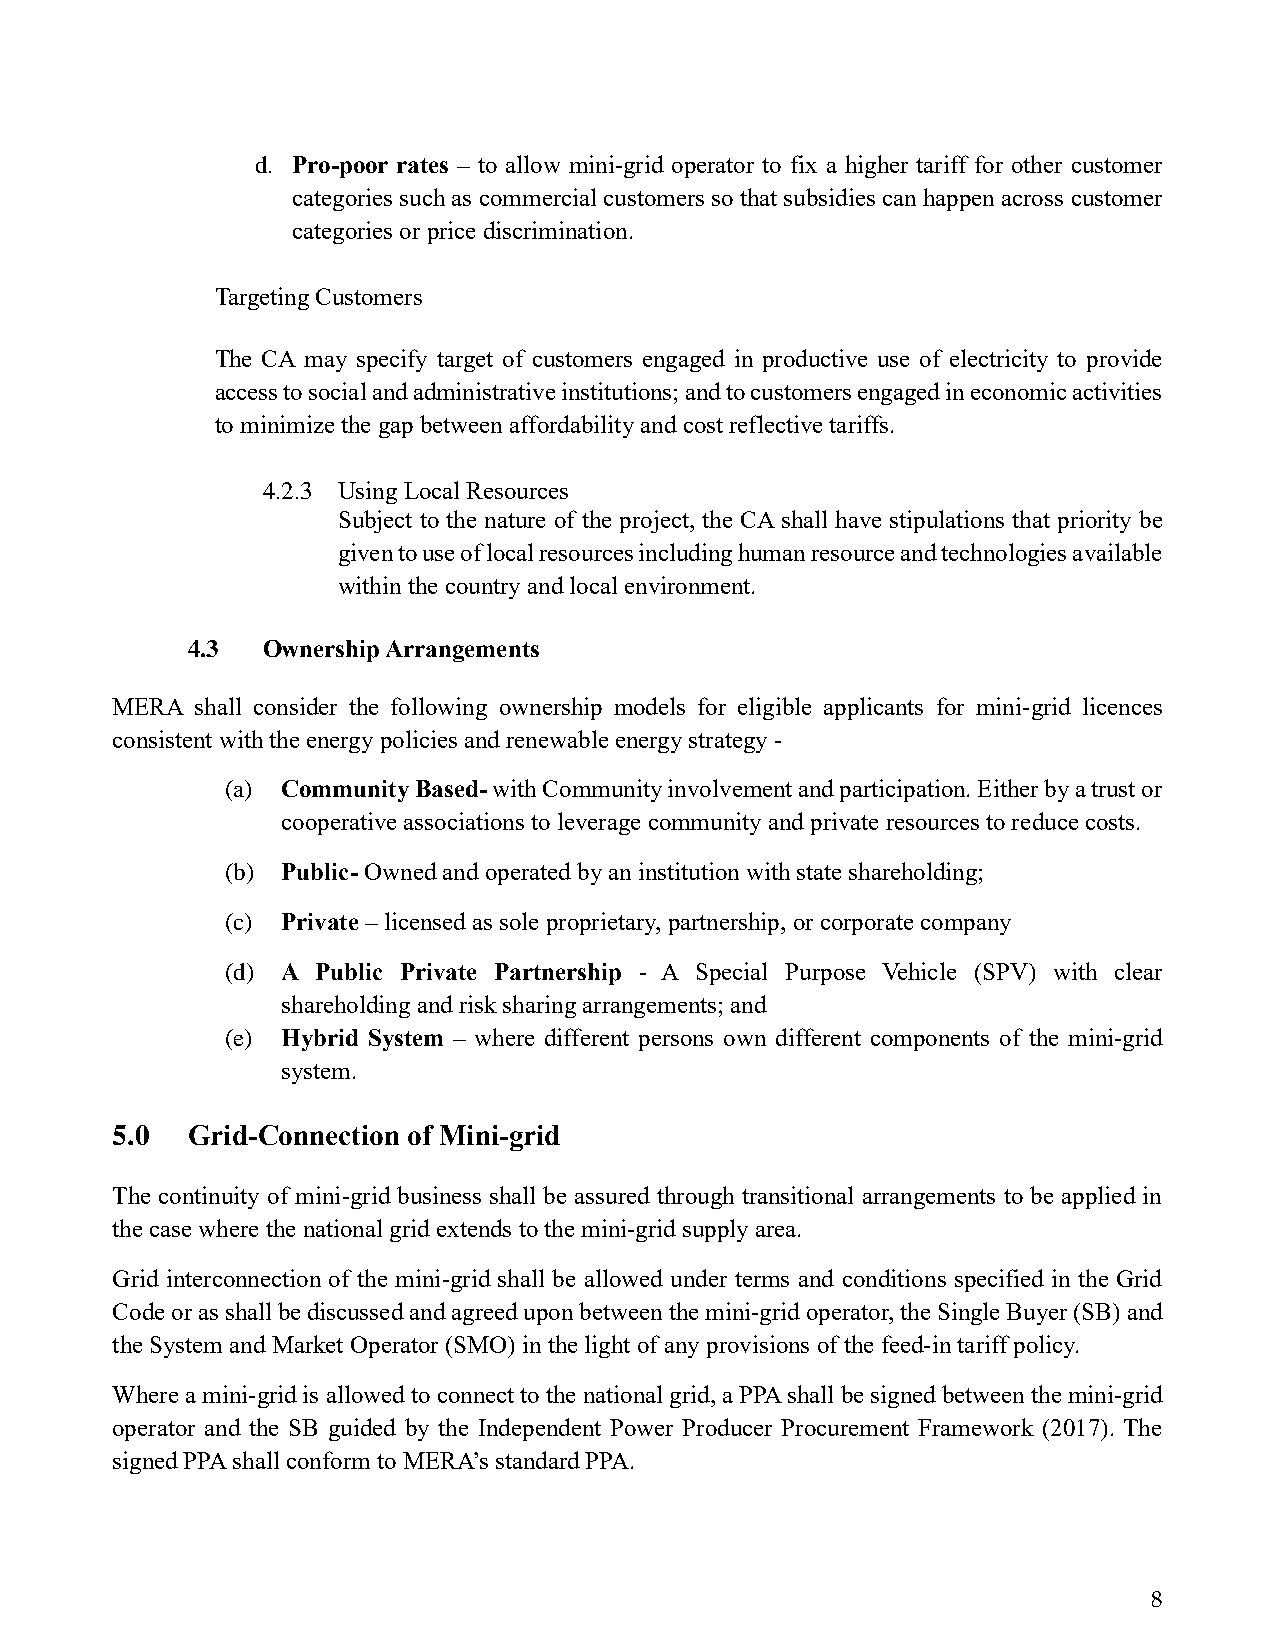
d. Pro-poor rates – to allow mini-grid operator to fix a higher tariff for other customer
 categories such as commercial customers so that subsidies can happen across customer
 categories or price discrimination.
 Targeting Customers
 The CA may specify target of customers engaged in productive use of electricity to provide
 access to social and administrative institutions; and to customers engaged in economic activities
 to minimize the gap between affordability and cost reflective tariffs.
 4.2.3 Using Local Resources
 Subject to the nature of the project, the CA shall have stipulations that priority be
 given to use of local resources including human resource and technologies available
 within the country and local environment.
 4.3  Ownership Arrangements
 MERA  shall consider the following ownership models for eligible applicants for mini-grid licences
 consistent with the energy policies and renewable energy strategy -
 (a) Community Based- with Community involvement and participation. Either by a trust or
 cooperative associations to leverage community and private resources to reduce costs.
 (b) Public- Owned and operated by an institution with state shareholding;
 (c) Private – licensed as sole proprietary, partnership, or corporate company
 (d) A Public Private Partnership - A Special Purpose Vehicle (SPV) with clear
 shareholding and risk sharing arrangements; and
 (e) Hybrid System – where different persons own different components of the mini-grid
 system.
 5.0  Grid-Connection of Mini-grid
 The continuity of mini-grid business shall be assured through transitional arrangements to be applied in
 the case where the national grid extends to the mini-grid supply area.
 Grid interconnection of the mini-grid shall be allowed under terms and conditions specified in the Grid
 Code or as shall be discussed and agreed upon between the mini-grid operator, the Single Buyer (SB) and
 the System and Market Operator (SMO) in the light of any provisions of the feed-in tariff policy.
 Where a mini-grid is allowed to connect to the national grid, a PPA shall be signed between the mini-grid
 operator and the SB guided by the Independent Power Producer Procurement Framework (2017). The
 signed PPA shall conform to MERA’s standard PPA.
 8